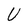
Character: U